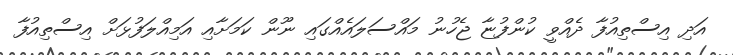
އަދި އިސްތިއުފާ ދެއްވީ ކުންފުޏާ ޖެހުނު މައްސަލައެއްގައި ނޫން ކަމަށާއި އަމިއްލަފުޅަށް އިސްތިއުފާ